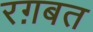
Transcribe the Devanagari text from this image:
रग़बत